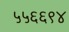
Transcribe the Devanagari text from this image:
५५६६९४